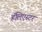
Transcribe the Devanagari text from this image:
हॅलिएस्टर